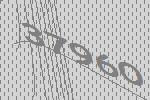
37960